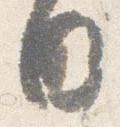
日